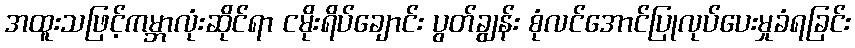
အထူးသဖြင့်ကမ္ဘာလုံးဆိုင်ရာ ငမိုးရိပ်ချောင်း ပွတ်ချွန်း စုံလင်အောင်ပြုလုပ်ပေးမှုခံရခြင်း